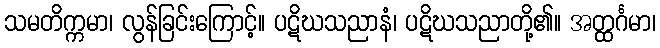
သမတိက္ကမာ၊ လွန်ခြင်းကြောင့်။ ပဋိဃသညာနံ၊ ပဋိဃသညာတို့၏။ အတ္ထင်္ဂမာ၊